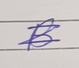
Signature authenticity: genuine